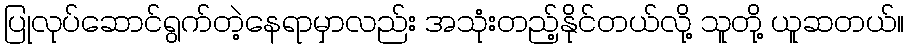
ပြုလုပ်ဆောင်ရွက်တဲ့နေရာမှာလည်း အသုံးတည့်နိုင်တယ်လို့ သူတို့ ယူဆတယ်။